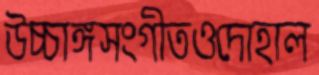
উচ্চাঙ্গসংগীতওদোহাল